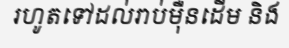
រហូតទៅដល់រាប់ម៉ឺនដើម និង